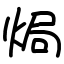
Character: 焗